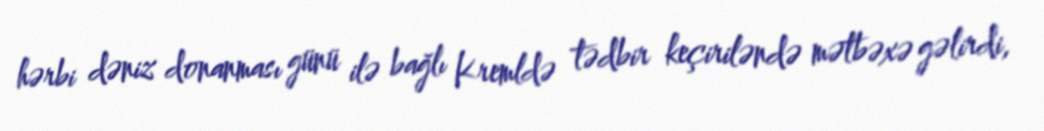
hərbi dəniz donanması günü ilə bağlı Kremldə tədbir keçiriləndə mətbəxə gəlirdi,